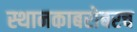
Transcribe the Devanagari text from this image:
स्थानकाबरोबरच